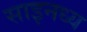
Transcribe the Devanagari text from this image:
साइनध्य